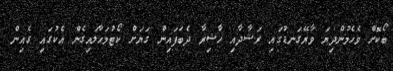
ބޯކޮށް ވެހެމުންދިޔަ ވާރޭގަނޑުގައި ރަޝާދާއި ހާޝިރާ ދެބަފައިން ގަޔަށް ކޯޓުމަހާލައިގެން އެކުގައި ގެއިން